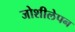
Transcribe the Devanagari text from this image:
जोशीलेपन